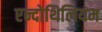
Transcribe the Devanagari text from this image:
एन्दोथिलियम